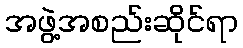
အဖွဲ့အစည်းဆိုင်ရာ